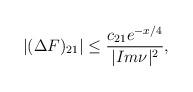
LaTeX: \begin{align*}|(\Delta F)_{21}|\leq\frac{c_{21}e^{-x/4}}{|Im\nu|^2},\end{align*}